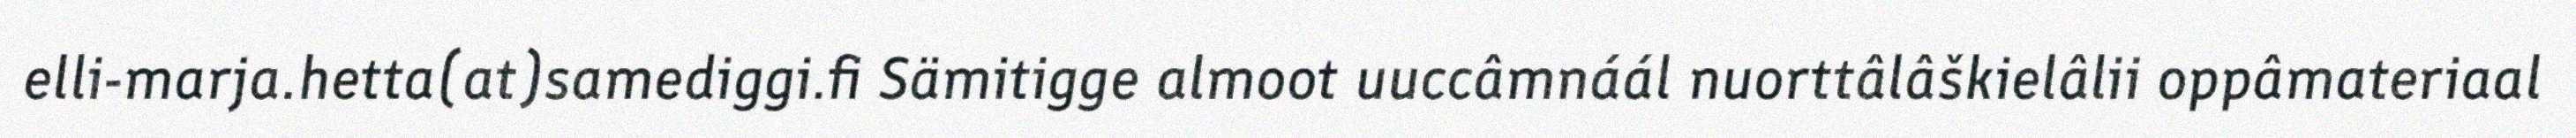
elli-marja.hetta(at)samediggi.fi Sämitigge almoot uuccâmnáál nuorttâlâškielâlii oppâmateriaal